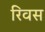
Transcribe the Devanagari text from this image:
रिवस